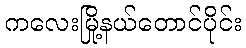
ကလေးမြို့နယ်တောင်ပိုင်း